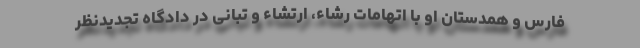
فارس و همدستان او با اتهامات رشاء، ارتشاء و تبانی در دادگاه تجدیدنظر